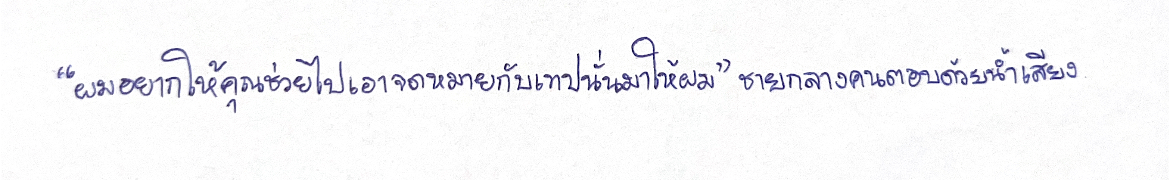
"ผมอยากให้คุณช่วยไปเอาจดหมายกับเทปนั่นมาให้ผม"ชายกลางคนตอบด้วยน้ำเสียง